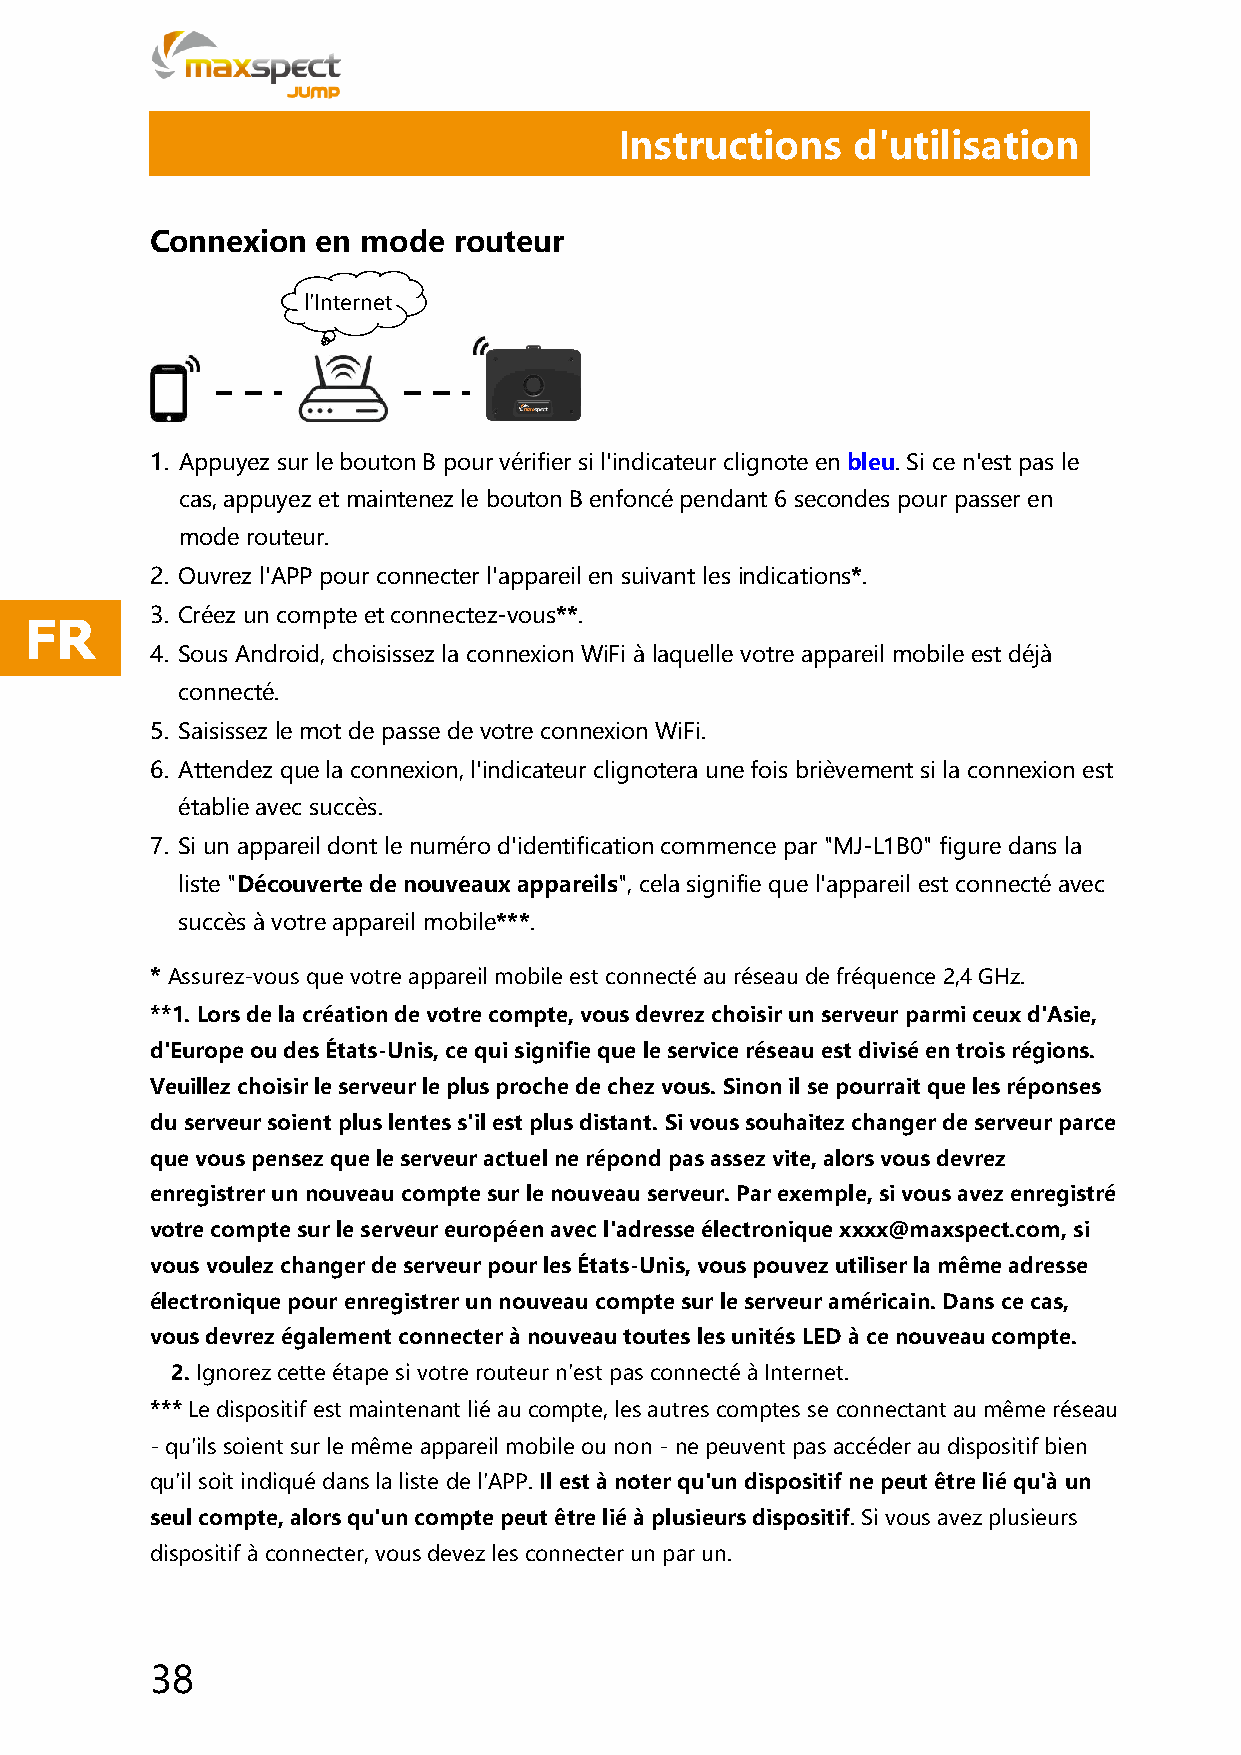
Instructions   d'utilisation
 Connexion  en mode  routeur
 l'Internet
 1. Appuyez sur le bouton B pour vérifier si l'indicateur clignote en bleu. Si ce n'est pas le
 cas, appuyez et maintenez le bouton B enfoncé pendant 6 secondes pour passer en
 mode routeur.
 2. Ouvrez l'APP pour connecter l'appareil en suivant les indications*.
 3. Créez un compte et connectez-vous**.
 FR
 4. Sous Android, choisissez la connexion WiFi à laquelle votre appareil mobile est déjà
 connecté.
 5. Saisissez le mot de passe de votre connexion WiFi.
 6. Attendez que la connexion, l'indicateur clignotera une fois brièvement si la connexion est
 établie avec succès.
 7. Si un appareil dont le numéro d'identification commence par "MJ-L1B0" figure dans la
 liste "Découverte de nouveaux appareils", cela signifie que l'appareil est connecté avec
 succès à votre appareil mobile***.
 * Assurez-vous que votre appareil mobile est connecté au réseau de fréquence 2,4 GHz.
 **1. Lors de la création de votre compte, vous devrez choisir un serveur parmi ceux d'Asie,
 d'Europe ou des États-Unis, ce qui signifie que le service réseau est divisé en trois régions.
 Veuillez choisir le serveur le plus proche de chez vous. Sinon il se pourrait que les réponses
 du serveur soient plus lentes s'il est plus distant. Si vous souhaitez changer de serveur parce
 que vous pensez que le serveur actuel ne répond pas assez vite, alors vous devrez
 enregistrer un nouveau compte sur le nouveau serveur. Par exemple, si vous avez enregistré
 votre compte sur le serveur européen avec l'adresse électronique xxxx@maxspect.com, si
 vous voulez changer de serveur pour les États-Unis, vous pouvez utiliser la même adresse
 électronique pour enregistrer un nouveau compte sur le serveur américain. Dans ce cas,
 vous devrez également connecter à nouveau toutes les unités LED à ce nouveau compte.
 2. Ignorez cette étape si votre routeur n'est pas connecté à Internet.
 *** Le dispositif est maintenant lié au compte, les autres comptes se connectant au même réseau
 - qu'ils soient sur le même appareil mobile ou non - ne peuvent pas accéder au dispositif bien
 qu'il soit indiqué dans la liste de l'APP. Il est à noter qu'un dispositif ne peut être lié qu'à un
 seul compte, alors qu'un compte peut être lié à plusieurs dispositif. Si vous avez plusieurs
 dispositif à connecter, vous devez les connecter un par un.
 38